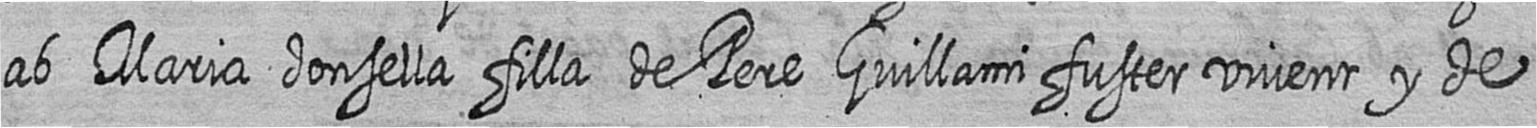
ab Maria donsella filla de Pere Guillami fuster vivent y de